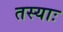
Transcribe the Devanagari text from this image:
तस्याः